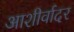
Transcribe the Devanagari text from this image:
आशीर्वादर